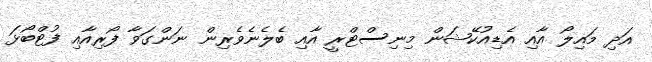
އަދި މައިލޯ އާއި އެޑިއުކޭޝަން މިނިސްޓްރީ އާއި ބެލެނެވެރިން ނަންގަވާ ފޯރިއާއި ފުޓްބޯޅަ